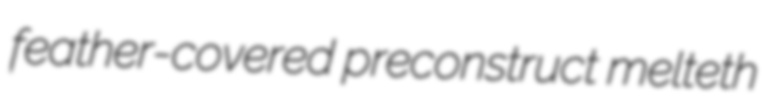
feather-covered preconstruct melteth